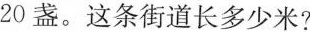
20盏。这条街道长多少米?